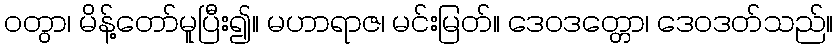
ဝတွာ၊ မိန့်တော်မူပြီး၍။ မဟာရာဇ၊ မင်းမြတ်။ ဒေဝဒတ္တော၊ ဒေဝဒတ်သည်။